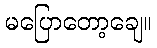
မပြောတော့ချေ။